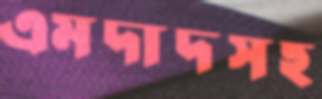
এমদাদসহ